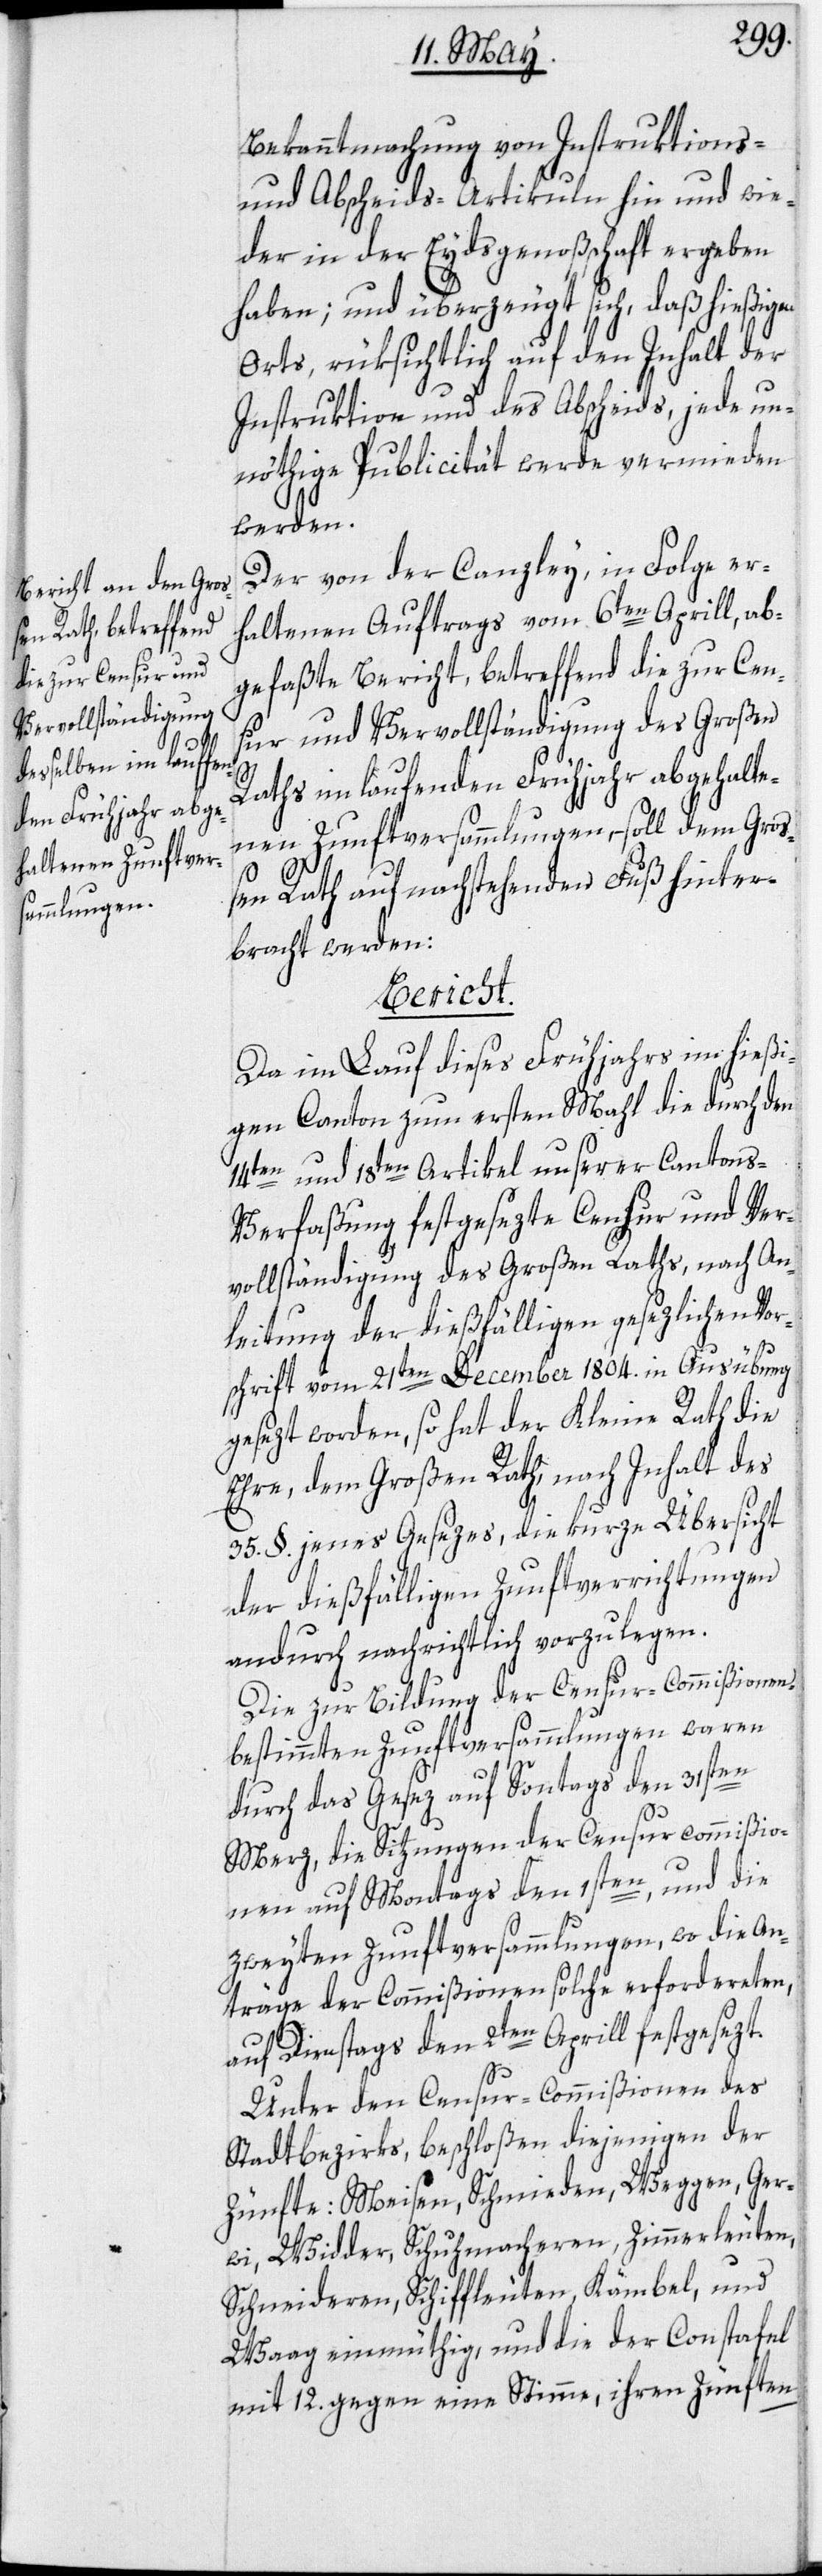
Bekanntmachung von Instruktions-
und Abscheids-Artikuln hin und wie¬
der in der Eydsgenoßschaft ergeben
haben; und überzeugt sich, daß hießigen
Orts, rüksichtlich auf den Inhalt der
Instruktion und des Abscheids, jede un¬
nöthige Publicität werde vermieden
werden.
Der von der Canzley, in Folge er¬
haltenen Auftrags vom 6ten Aprill, ab¬
gefaßte Bericht, betreffend die zur Cens¬
ur und Vervollständigung des Großen
Raths im laufenden Frühjahr abgehalte¬
nen Zunftversammlungen, – soll dem Groß¬
en Rath auf nachstehenden Fuß hinter¬
bracht werden:
Bericht.
Da im Lauf dieses Frühjahrs im hießi¬
gen Canton zum ersten Mahl die durch den
14ten und 18ten Artikel unserer Canton¬
s-Verfaßung festgesezte Censur und Ver¬
vollständigung des Großen Raths, nach An¬
leitung der dießfälligen gesezlichen Vor¬
schrift vom 21ten December 1804. in Ausübung
gesezt worden, so hat der Kleine Rath die
Ehre, dem Großen Rath, nach Inhalt des
35. §. jenes Gesezes, die kurze Übersicht
der dießfälligen Zunftverrichtungen
andurch nachrichtlich vorzulegen.
Die zur Bildung der Censur-Commißionen,
bestimmten Zunftversammlungen waren
durch das Gesez auf Son[n]tags den 31sten
Merz, die Sitzungen der Censurcommißio¬
nen auf Montags den 1sten, und die
zweyten Zunftversammlungen, wo die An¬
träge der Commißionen solche erfordereten,
auf Dienstags den 2ten Aprill festgesezt.
Unter den Censur-Commißionen des
Stadtbezirks, beschloßen diejenigen der
Zünfte: Meisen, Schmieden, Weggen, Ger¬
wi, Widder, Schuhmacheren, Zimmerleuten,
Schneideren, Schiffleuten, Kämbel, und
Waag einmüthig, und die der Constafel
mit 12. gegen eine Stimme, ihren Zünften